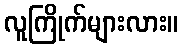
လူကြိုက်များလား။